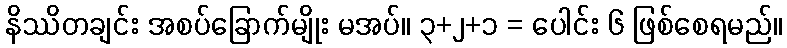
နိဿိတချင်း အစပ်ခြောက်မျိုး မအပ်။ ၃+၂+၁ = ပေါင်း ၆ ဖြစ်စေရမည်။